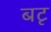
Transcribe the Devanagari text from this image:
बटृ